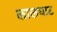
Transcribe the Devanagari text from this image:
लालघाट